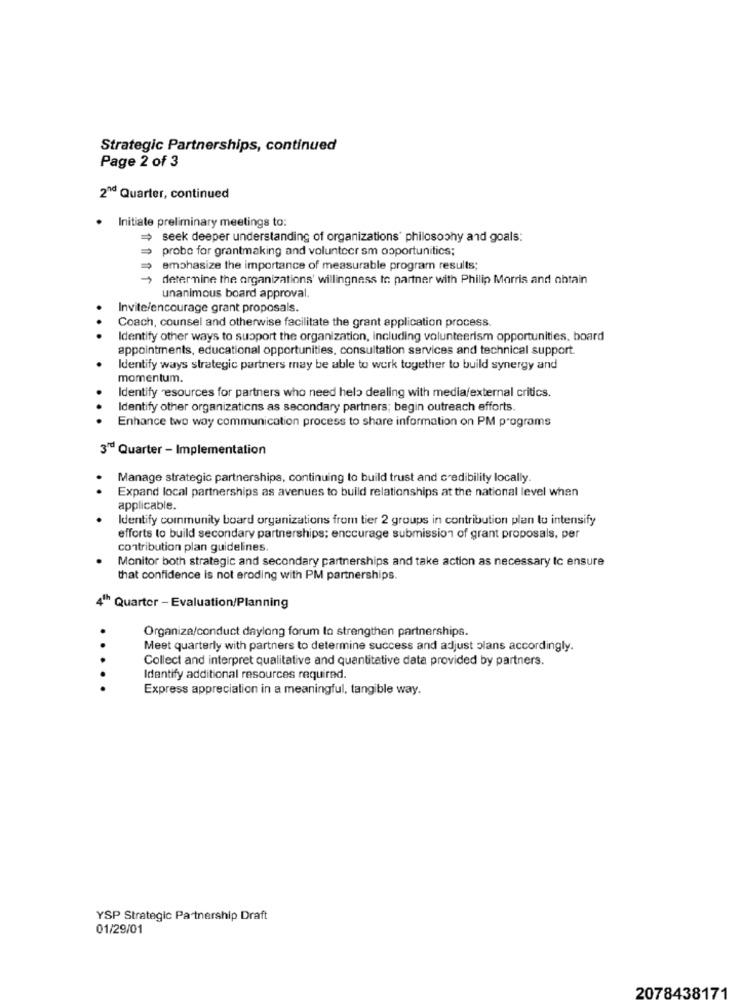
Strategic Partnerships, continued
Page 2 of 3
2Md Quarter, continued
. Initiate preliminary meetings to:
seek deeper understanding of organizations' philosophy and goals:
probe for grantmaking and volunteer sm opportunities;
emphasize the importance of measurable program results;
determine the organizations' willingness to partner with Philip Morris and obtain
unanimous board approval.
Invite/encourage grant proposals.
Coach, counsel and otherwise facilitate the grant application process.
Identify other ways to support the organization, including volunteerism opportunities, board
appointments, educational opportunities, consultation services and technical support.
Identify ways strategic partners may be able to work together to build synergy and
momentum.
Identify resources for partners who need help dealing with media/external critics.
Identify other organizations as secondary partners; begin outreach efforts.
Enhance two way communication process to share information on PM programs
3" Quarter - Implementation
.
Manage strategic partnerships, continuing to build trust and credibility locally.
Expand local partnerships as avenues to build relationships at the national level when
applicable.
Identify community board organizations from tier 2 groups in contribution plan to intensify
efforts to build secondary partnerships; encourage submission of grant proposals, per
contribution plan guidelines
Monitor both strategic and secondary partnerships and take action as necessary Ic ensure
that confidence is not eroding with PM partnerships.
4" Quarter - Evaluation/Planning
Organiza/conduct daylong forum to strengthen partnerships.
Meet quarterly with partners to determine success and adjust plans accordingly.
Collect and interpret qualitative and quantitative data provided by partners.
....
Identify additional resources required.
Express appreciation in a meaningful, tangible way.
YSP Strategic Partnership Draft
01/29/01
2078438171